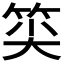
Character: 𥭍